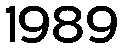
1989